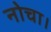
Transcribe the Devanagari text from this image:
नोचा।